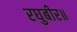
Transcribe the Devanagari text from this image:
रघुबीर॥